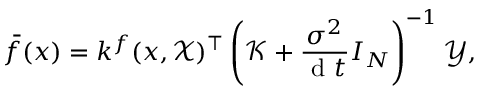
\bar { f } ( x ) = k ^ { f } ( x , \mathcal { X } ) ^ { \top } \left( \mathcal { K } + \frac { { \sigma } ^ { 2 } } { \mathrm { ~ d ~ } t } I _ { N } \right) ^ { - 1 } \mathcal { Y } ,